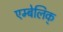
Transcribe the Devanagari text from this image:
एम्बेलिक्